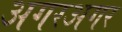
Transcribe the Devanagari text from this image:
अगरअगर